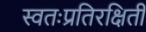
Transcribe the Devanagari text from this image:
स्वतःप्रतिरक्षिती